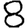
Digit: 8